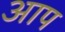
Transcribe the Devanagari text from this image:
अाप